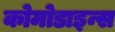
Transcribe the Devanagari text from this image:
कोमोडाइन्स